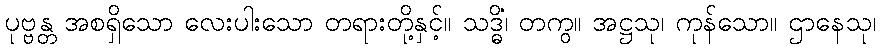
ပုဗ္ဗန္တ အစရှိသော လေးပါးသော တရားတို့နှင့်။ သဒ္ဓိံ၊ တကွ။ အဋ္ဌသု၊ ကုန်သော။ ဌာနေသု၊